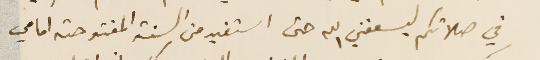
في صلاتكم ليسعفني الله حتى استفيد من السنة المفتوحة امامي